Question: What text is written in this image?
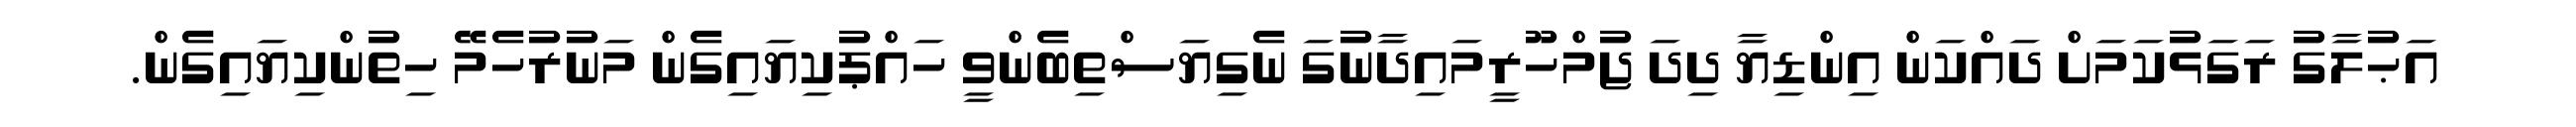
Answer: އަޙުލާގު ރަގަޅުކަމަށް ދައްކަން އިންޑިޔާ ދިދަ ޖުމްހޫރީމައިދާނުގަ ނެގިޔަސްތިބެންވީ ހައްޕުކިޔައިގެން މަނުރުހެމޭ ހިތުންކިޔައިގެން.